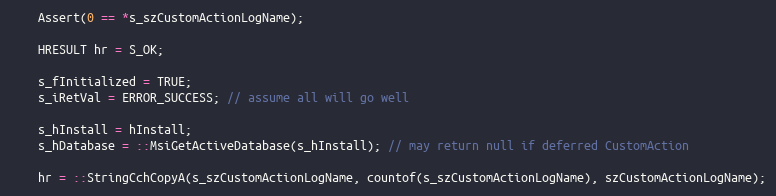
Language: C++
	Assert(0 == *s_szCustomActionLogName);

	HRESULT hr = S_OK;

	s_fInitialized = TRUE;
	s_iRetVal = ERROR_SUCCESS; // assume all will go well

	s_hInstall = hInstall;
	s_hDatabase = ::MsiGetActiveDatabase(s_hInstall); // may return null if deferred CustomAction

	hr = ::StringCchCopyA(s_szCustomActionLogName, countof(s_szCustomActionLogName), szCustomActionLogName);